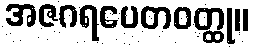
အဇဂရပေတဝတ္ထု။